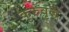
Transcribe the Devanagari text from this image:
कुरुवृद्ध